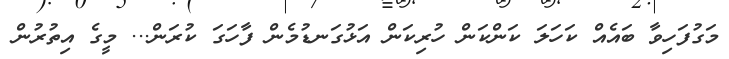
މަގުފަހިވާ ބައެއް ކަހަލަ ކަންކަން ހުރިކަން އަޅުގަނޑުމެން ފާހަގަ ކުރަން... މީގެ އިތުރުން